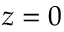
z = 0